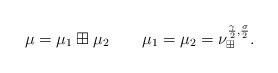
LaTeX: \begin{align*}\mu=\mu_{1}\boxplus\mu_{2}\quad\quad\mu_{1}=\mu_{2}=\nu_{\boxplus}^{\frac{\gamma}{2},\frac{\sigma}{2}}.\end{align*}